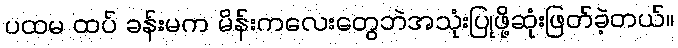
ပထမ ထပ် ခန်းမက မိန်းကလေးတွေဘဲအသုံးပြုဖို့ဆုံးဖြတ်ခဲ့တယ်။